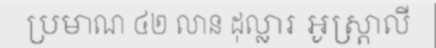
ប្រមាណ ៤២ លាន ដុល្លារ អូស្ត្រាលី